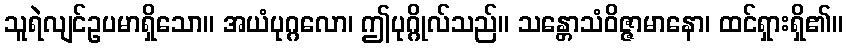
သူရဲလျင်ဥပမာရှိသော။ အယံပုဂ္ဂလော၊ ဤပုဂ္ဂိုလ်သည်။ သန္တောသံဝိဇ္ဇာမာနော၊ ထင်ရှားရှိ၏။